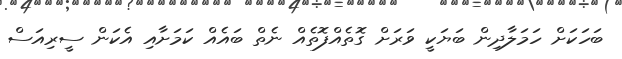
ބަހަކަށް ހަމަލާދިން ބަޔަކީ ވަރަށް ގޮތެއްފޮތެއް ނެތް ބައެއް ކަމަށާއި އެކަން ސީރިއަސް